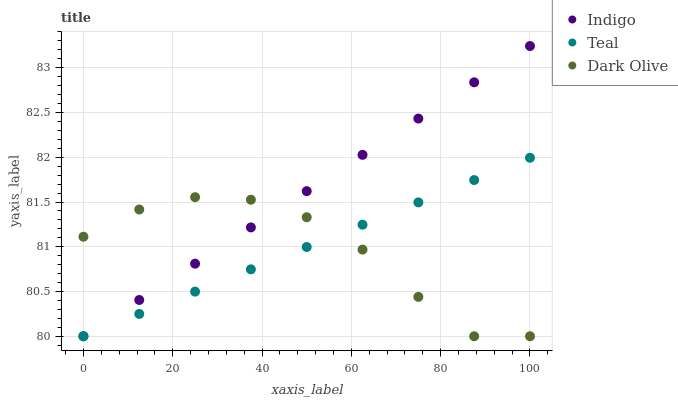
| xaxis_label | Indigo | Teal | Dark Olive |
 | --- | --- | --- | --- |
 | 0 | 80 | 80 | 81.1 |
 | 12.5 | 80.4 | 80.2 | 81.4 |
 | 25 | 80.8 | 80.5 | 81.6 |
 | 37.5 | 81.2 | 80.7 | 81.5 |
 | 50 | 81.6 | 81 | 81.3 |
 | 62.5 | 82 | 81.2 | 81 |
 | 75 | 82.4 | 81.5 | 80.4 |
 | 87.5 | 82.8 | 81.7 | 80 |
 | 100 | 83.2 | 82 | 80 |